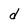
Character: d